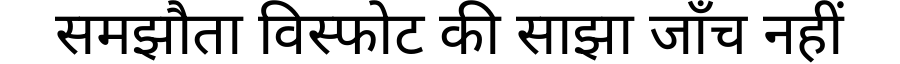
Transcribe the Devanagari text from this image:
समझौता विस्फोट की साझा जाँच नहीं